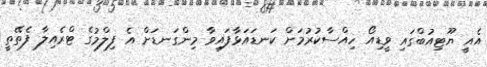
އެއީ ޔޫޓިއުބްގައި ވީޑިއޯ ހިއްސާކުރުމަށް ކަނޑައަޅާފައިވާ މިންގަނޑަށް އެ ފިލްމުގެ ޓްރެއިލާ ފެތޭތީ